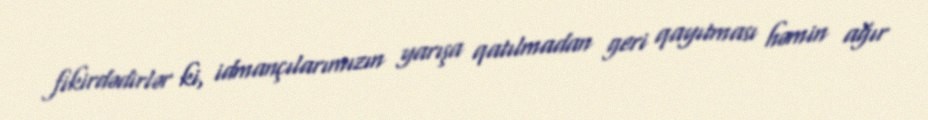
fikirdədirlər ki, idmançılarımızın yarışa qatılmadan geri qayıtması həmin ağır